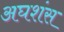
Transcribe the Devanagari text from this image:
अघशंस